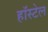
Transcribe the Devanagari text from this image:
हॉस्टेल